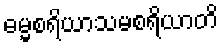
ဓမ္မစရိယာသမစရိယာတိ